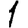
Digit: 1